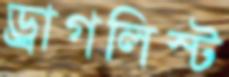
ড্রাগলিস্ট